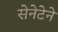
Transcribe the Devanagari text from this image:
सेनेटेने